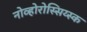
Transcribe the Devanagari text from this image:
नोव्होरोस्सिय्स्क